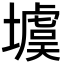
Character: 𡑾